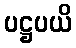
ပဋ္ဌပယိ